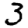
Digit: 3